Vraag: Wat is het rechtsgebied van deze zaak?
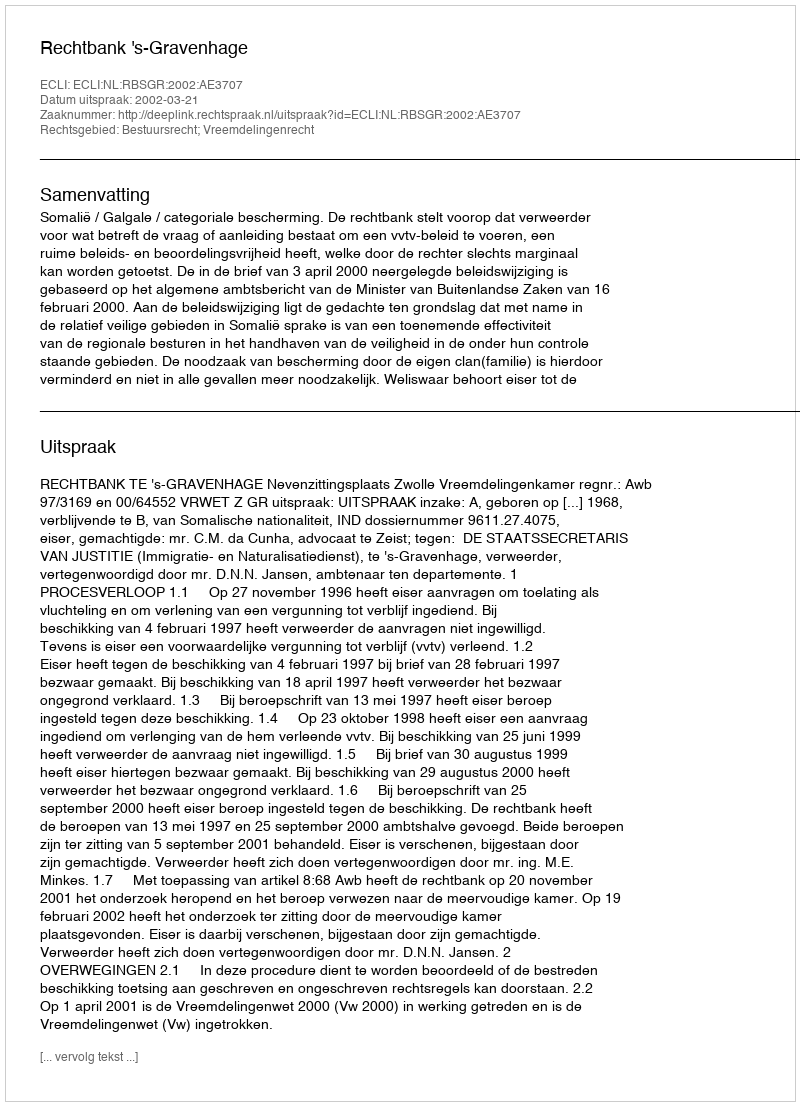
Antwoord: Bestuursrecht; Vreemdelingenrecht